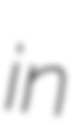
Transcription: in